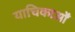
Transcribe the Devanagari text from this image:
याचिकाओँ